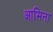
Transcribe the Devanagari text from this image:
आमिना